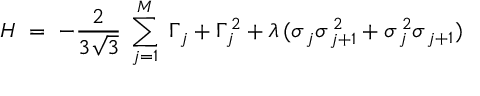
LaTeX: H \; = \; - \frac { 2 } { 3 \sqrt { 3 } } \; \sum _ { j = 1 } ^ { M } \; \Gamma _ { \, j } + \Gamma _ { \, j } ^ { \, 2 } + \lambda \, ( \sigma _ { \, j } \sigma _ { \, j + 1 } ^ { \, 2 } + \sigma _ { \, j } ^ { \, 2 } \sigma _ { \, j + 1 } )